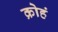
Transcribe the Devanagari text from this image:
क्रोहं